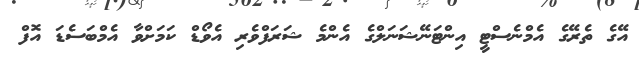
އޭގެ ތެރޭގެ އެމްނެސްޓީ އިންޓަނޭޝަނަލްގެ އެންމެ ޝަރަފްވެރި އެވޯޑް ކަމަށްވާ އެމްބަސެޑަ އޮފް